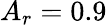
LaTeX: A_{r}=0.9